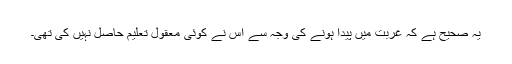
یہ صحیح ہے کہ غربت میں پیدا ہونے کی وجہ سے اس نے کوئی معقول تعلیم حاصل نہیں کی تھی۔